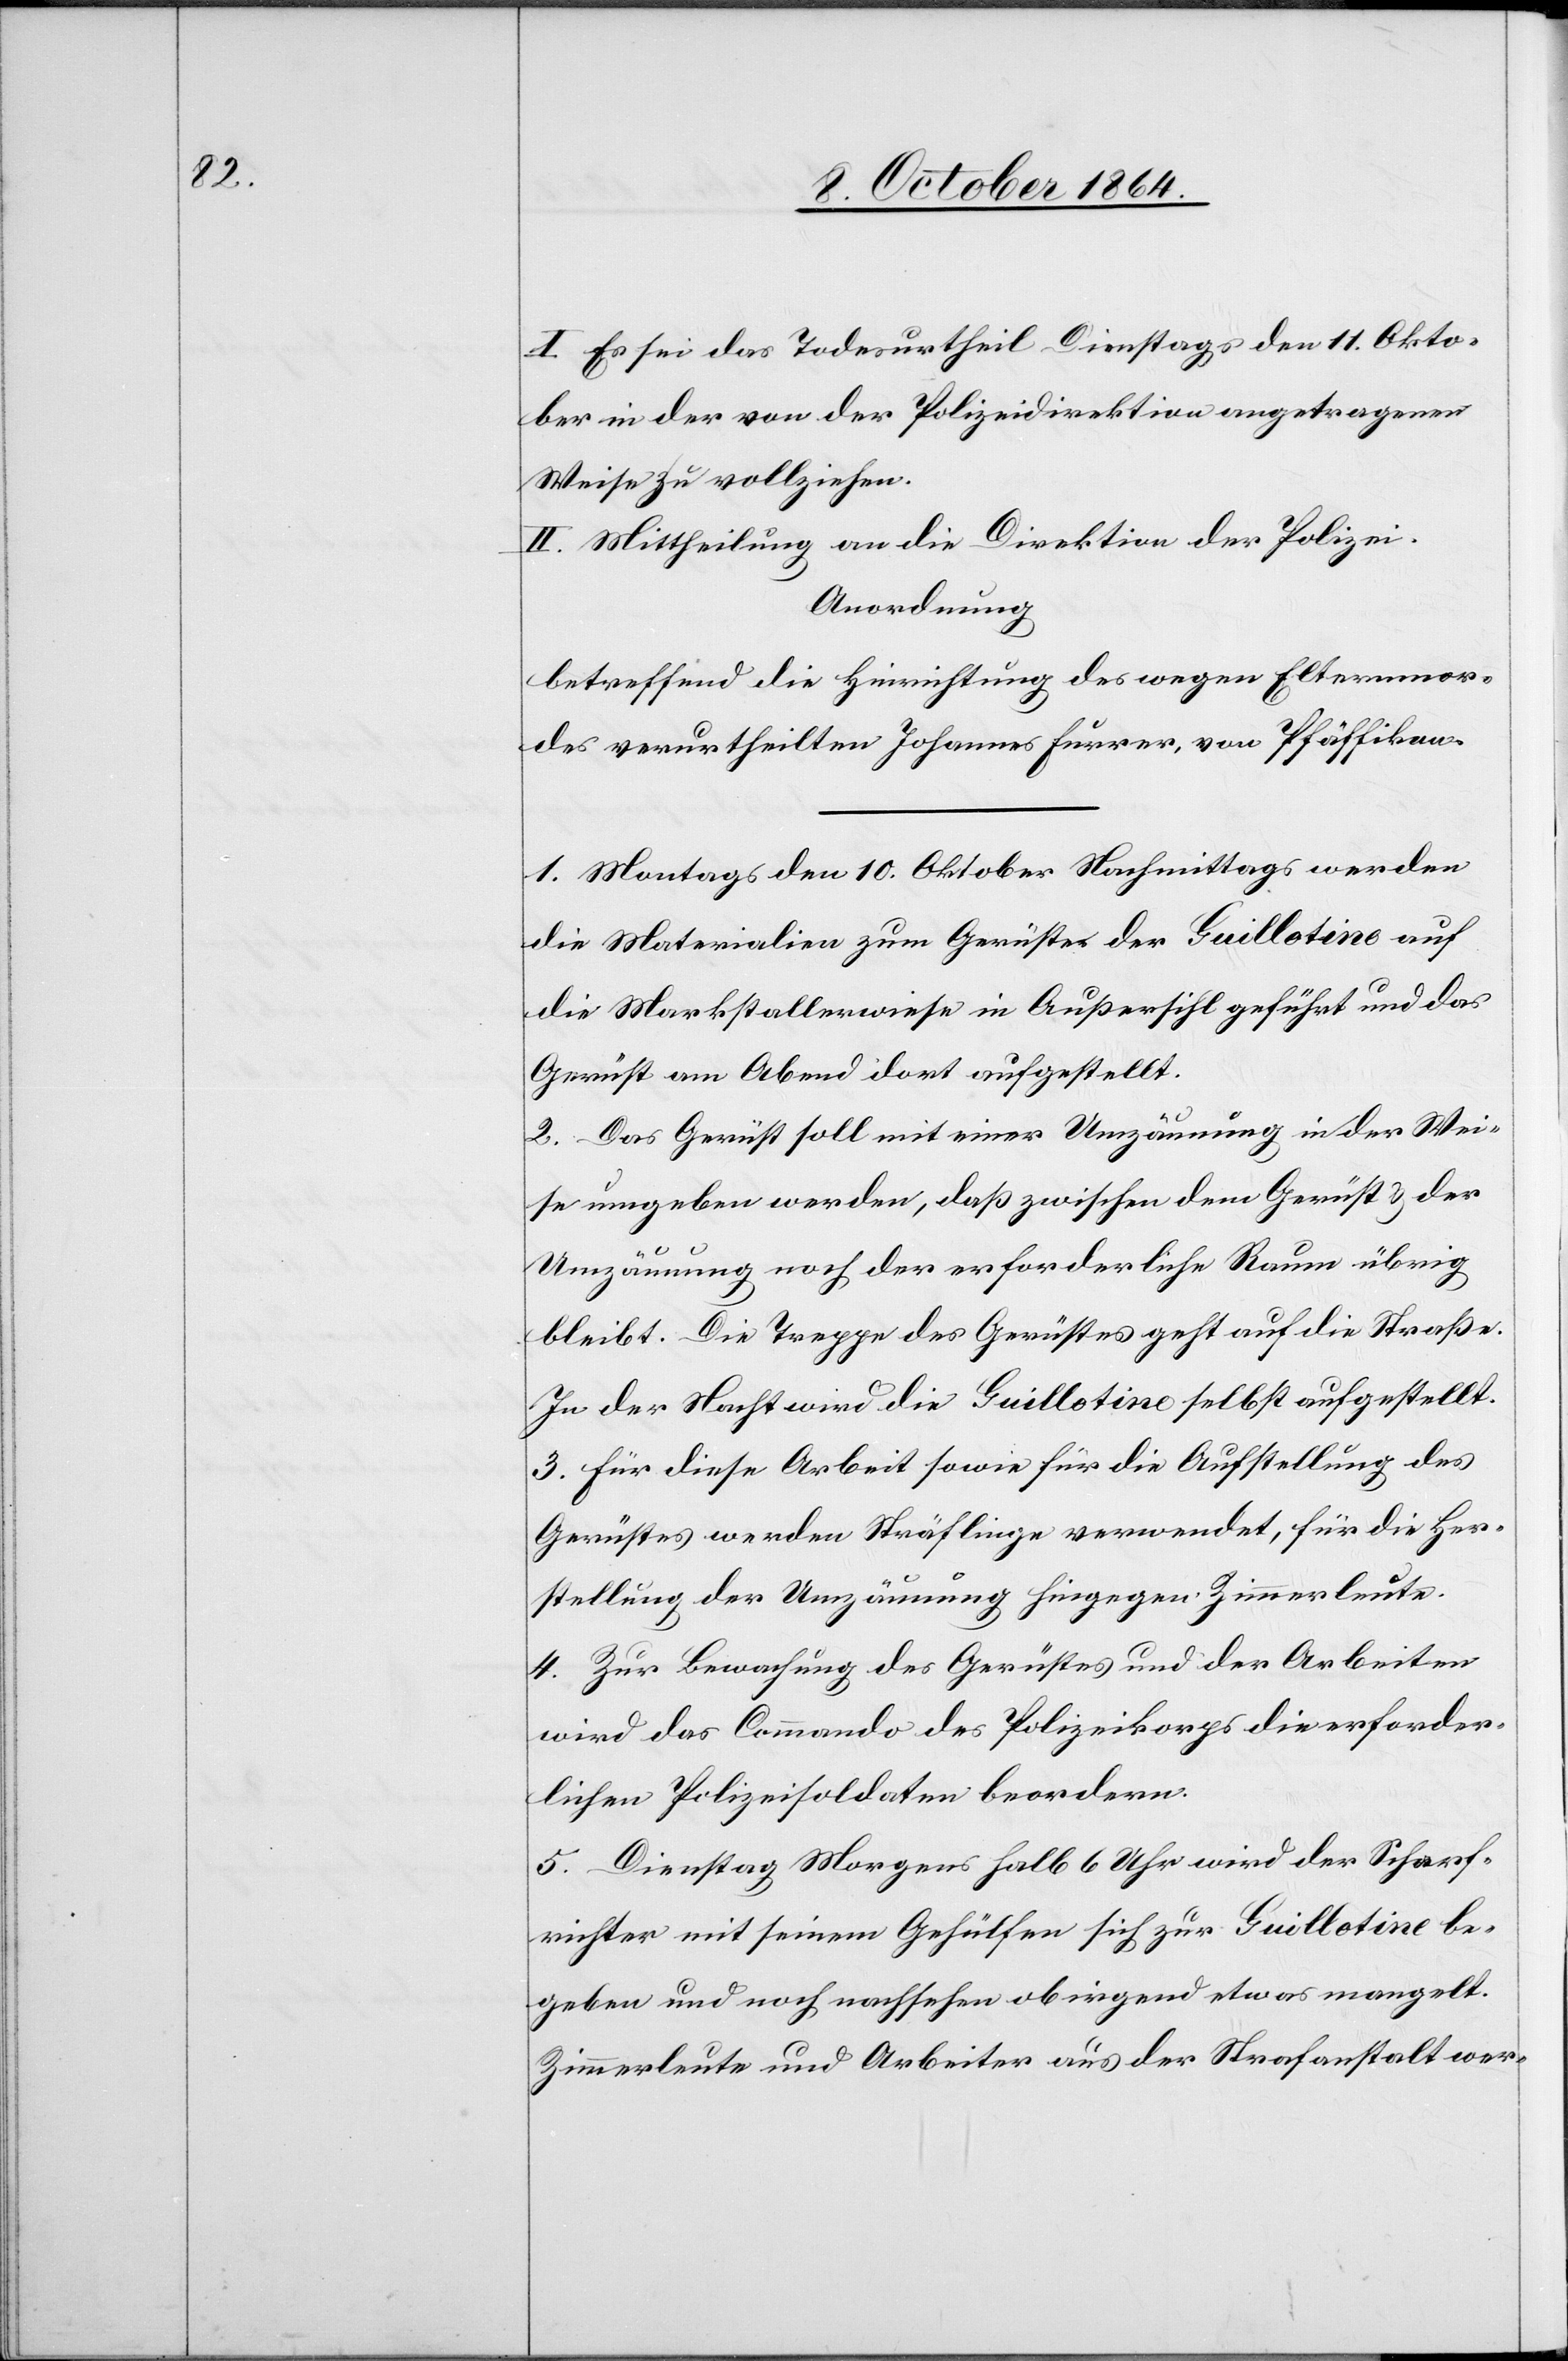
I. Es sei das Todesurtheil Dienstag den 11. Okto¬
ber in der von der Polizeidirektion angetragenen
Weise zu vollziehen.
II. Mittheilung an die Direktion der Polizei.
Anordnung
betreffend die Hinrichtung des wegen Elternmor¬
des verurtheilten Johannes Furrer, von Pfäffikon.
1. Montags den 10. Oktober Nachmittags werden
die Materialien zum Gerüste der Guillotine auf
die Markstallerwiese in Außersihl geführt und das
Gerüst am Abend dort aufgestellt.
2. Das Gerüst soll mit einer Umzäunung in der Wei¬
se umgeben werden, daß zwischen dem Gerüst & der
Umzäunung noch der erforderliche Raum übrig
bleibt. Die Treppe des Gerüstes geht auf die Straße.
In der Nacht wird die Guillotine selbst aufgestellt.
3. Für diese Arbeit sowie für die Aufstellung des
Gerüstes werden Sträflinge verwendet, für die Her¬
stellung der Umzäunung hingegen Zimmerleute.
4. Zur Bewachung des Gerüstes und der Arbeiten
wird das Commando des Polizeikorps die erforder¬
lichen Polizeisoldaten beordern.
5. Dienstag Morgens halb 6 Uhr wird der Scharf¬
richter mit seinem Gehülfen sich zur Guillotine be¬
geben und noch nachsehen ob irgend etwas mangelt.
Zimmerleute und Arbeiter aus der Strafanstalt wer-